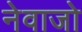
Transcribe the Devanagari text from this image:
नेवाजो